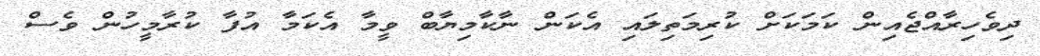
ދިވެހިރާއްޖެއިން ކަމަކަށް ކުރިމަތިލައި އެކަން ނާކާމިޔާބް ވީމާ އެކަމާ އުފާ ކުރާމީހުން ވެސް